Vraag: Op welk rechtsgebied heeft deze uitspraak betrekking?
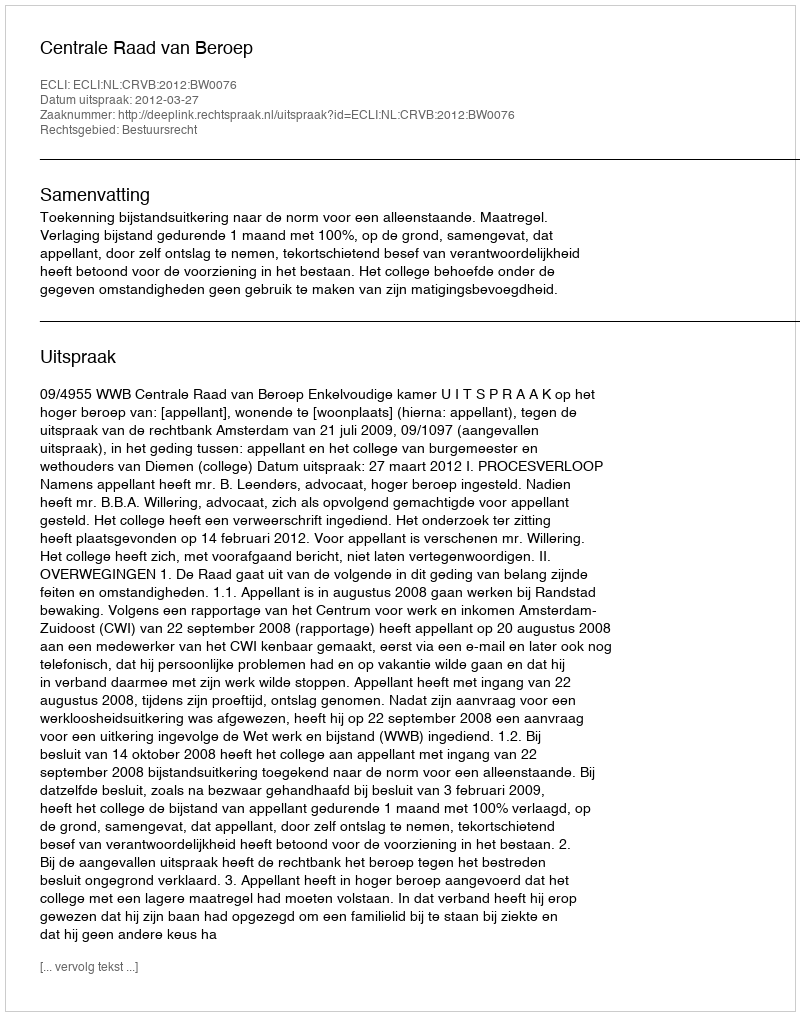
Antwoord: Bestuursrecht